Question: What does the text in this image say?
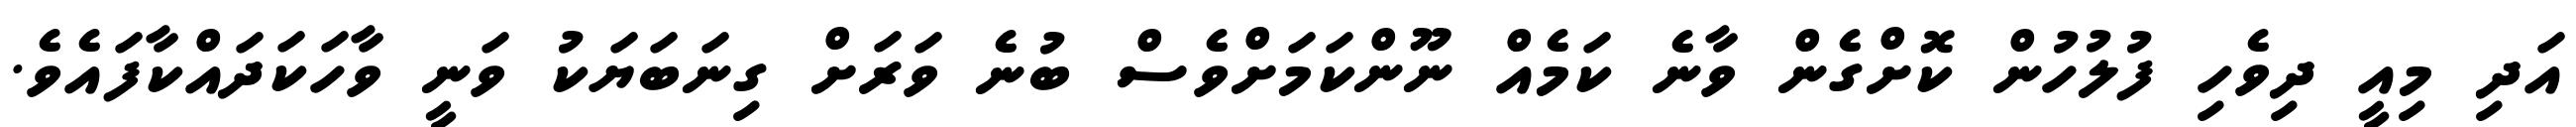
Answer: އަދި މިއީ ދިވެހި ފުލުހުން ކޮށްގެން ވާނެ ކަމެއް ނޫންކަމަށްވެސް ބުނެ ވަރަށް ގިނަބަޔަކު ވަނީ ވާހަކަދައްކާފައެވެ.